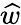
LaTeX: \widehat{w}